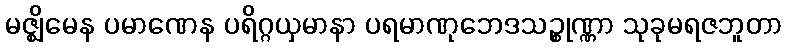
မဇ္ဈိမေန ပမာဏေန ပရိဂ္ဂယှမာနာ ပရမာဏုဘေဒသဉ္စုဏ္ဏာ သုခုမရဇဘူတာ